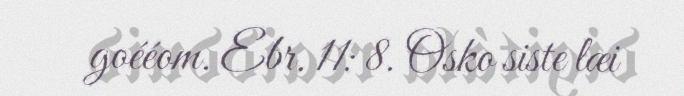
goééom. Ebr. 11: 8. Osko siste læi